Jarvakandi_vallavalitsus, lk 42
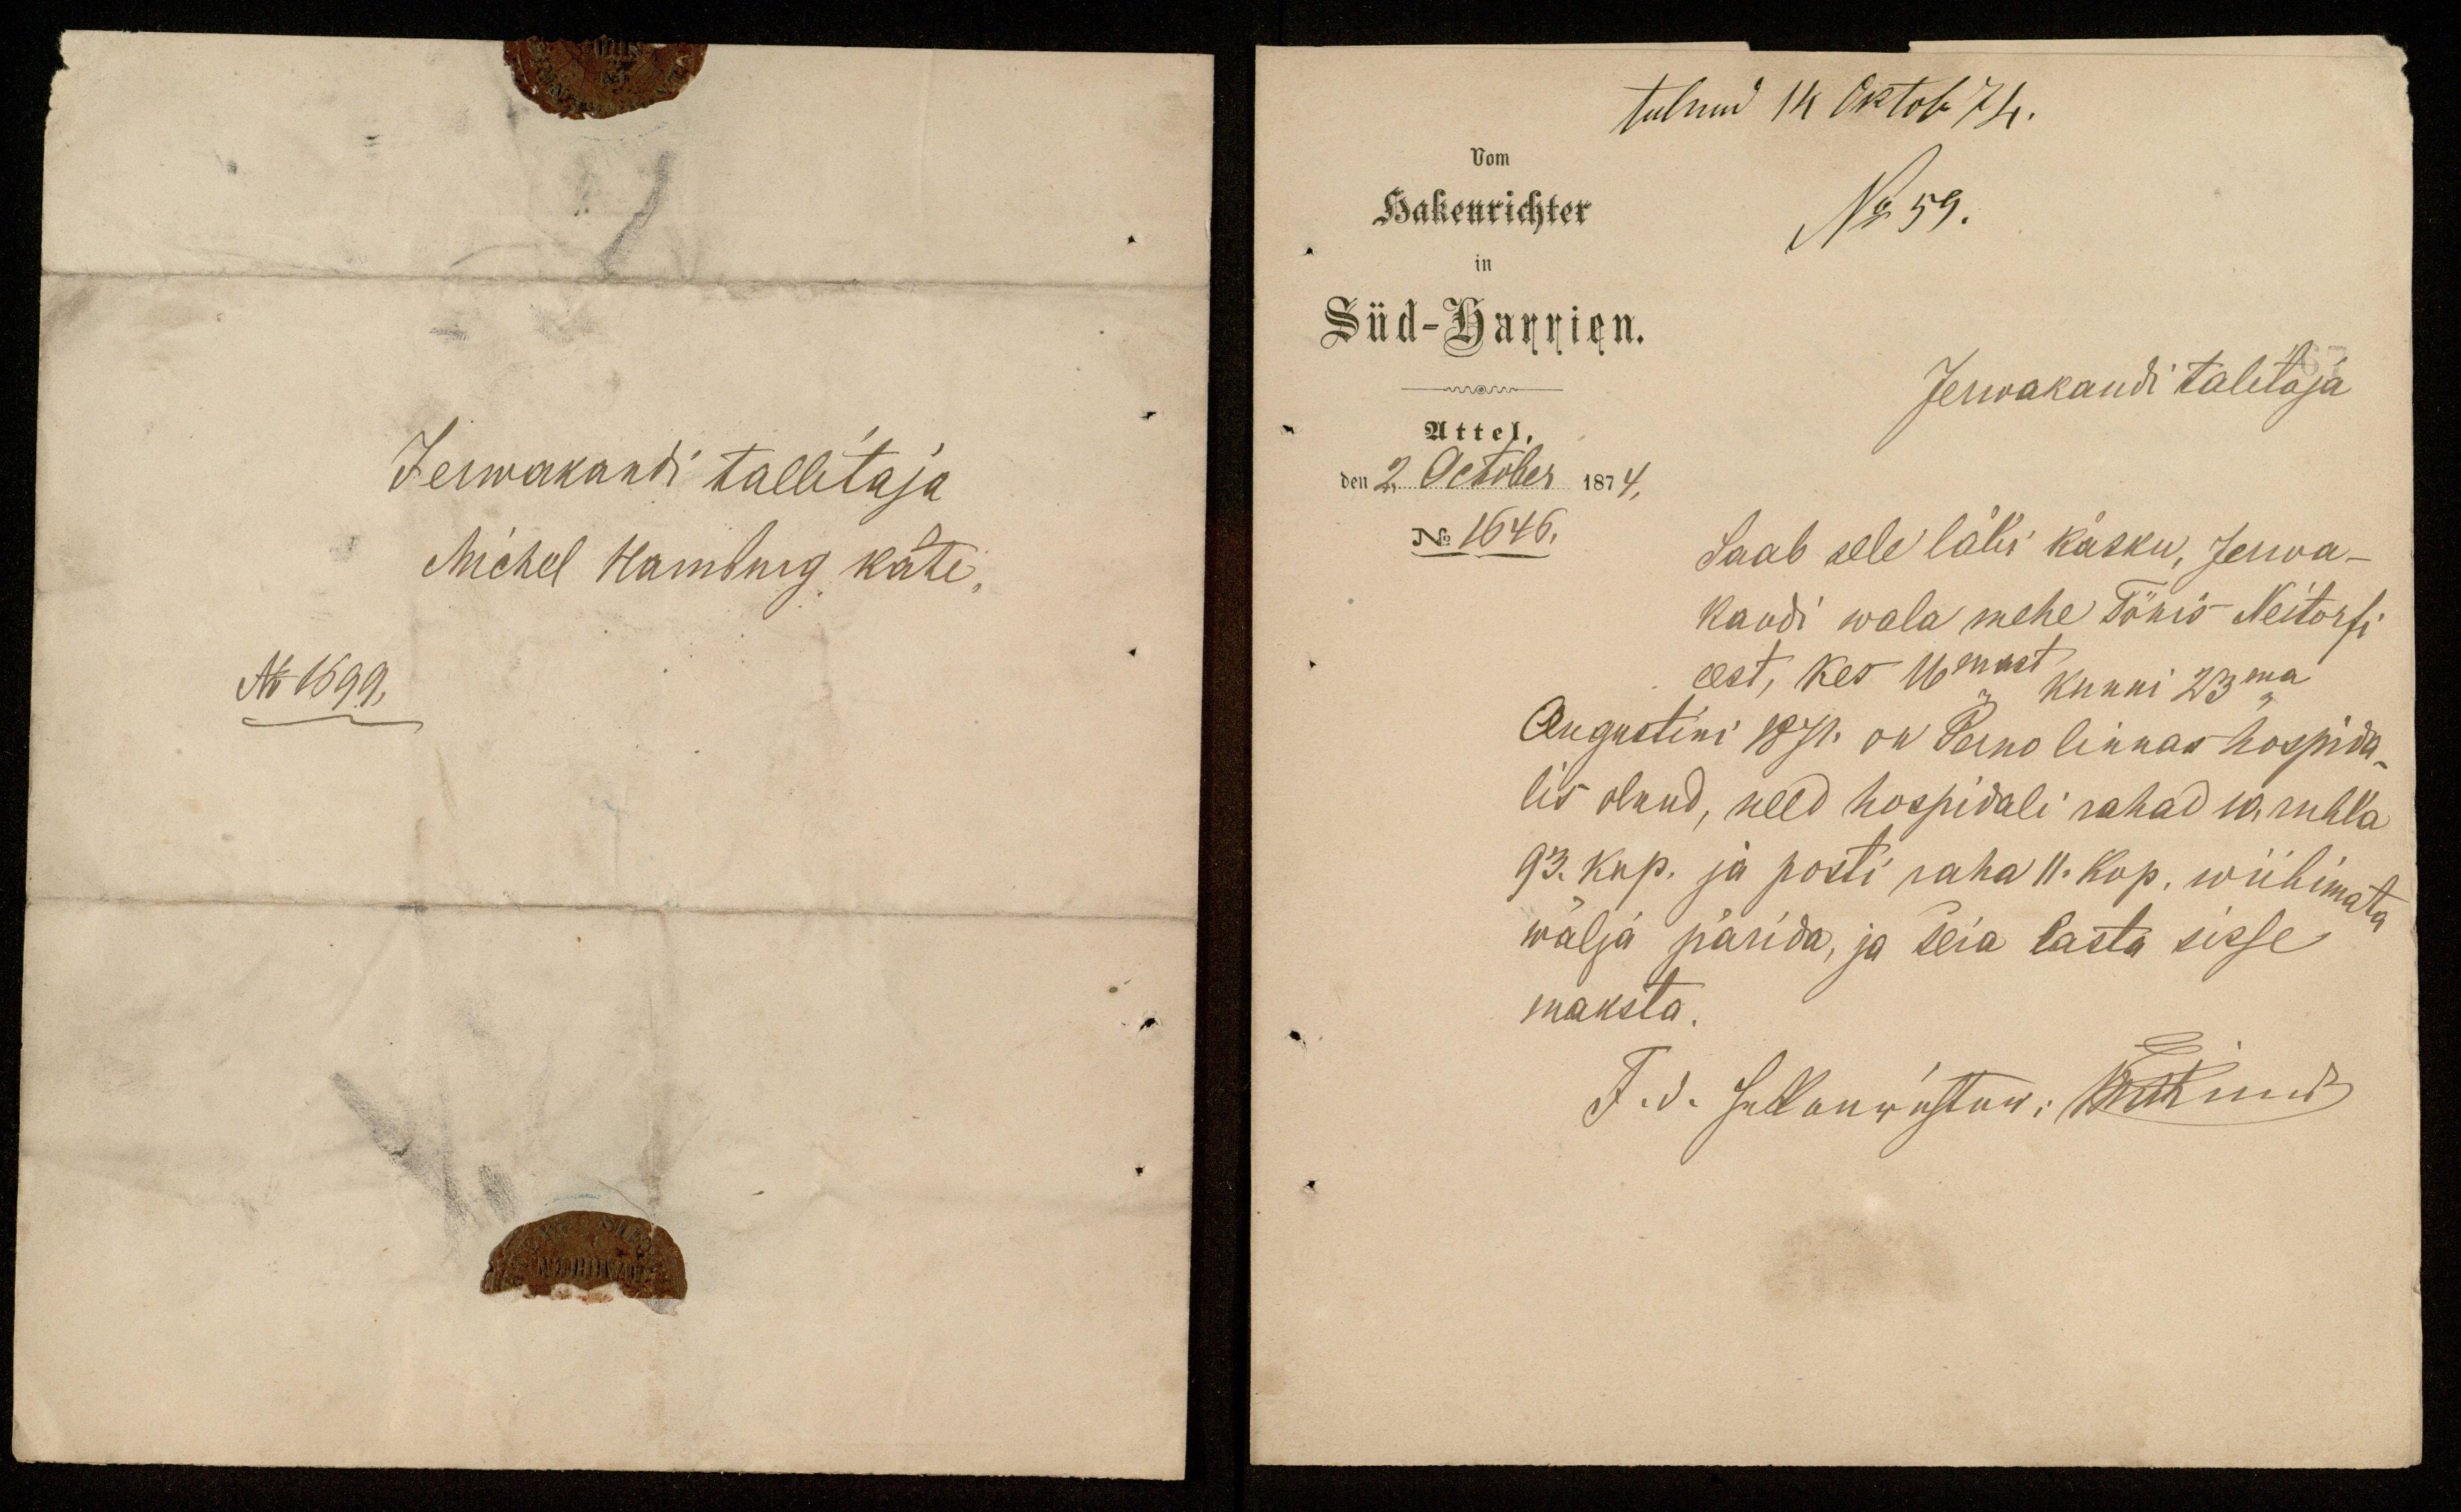
tulnud 14 Oktob 7 p.
Hakenrichter
No 59.
Süd-Harrien.
Jerwakandi talitaja
Attel.
den 2. October 1874.
No 1646.
Saab sele läbi käsku, Jerwa-
kandi wala mehe Tõnis Neitorfi
eest, kes 16mast kunni 23ma
Augustini 1871. on Perno linnas hospida-
lis olnud, need hospidali rahad 10 rubla
93. kop. ja posti raha 11. kop. wiibimata
wälja pärida, ja seia lasta sisse
maksta.
T. d. Jallanuastow: Kui nud

Jerwakandi tallitaja
Michel Hamburg käte.
No 1699.